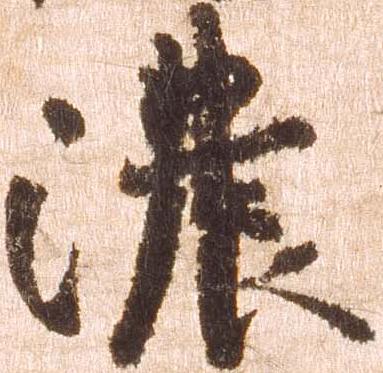
濃